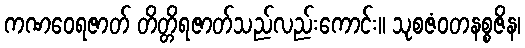
ကဏဝေရဇာတ် တိတ္တိရဇာတ်သည်လည်းကောင်း။ သုစဇံဝတနစ္စဇိန၊